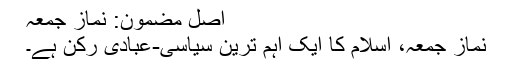
اصل مضمون: نماز جمعہ
نماز جمعہ، اسلام کا ایک اہم ترین سیاسی-عبادی رکن ہے۔